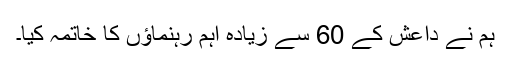
ہم نے داعش کے 60 سے زیادہ اہم رہنماؤں کا خاتمہ کیا۔